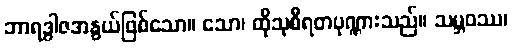
ဘာရဒွါဇအနွယ်ဖြစ်သော။ သော၊ ထိုသုစီရတပုဏ္ဏားသည်။ သမ္ဘဝဿ၊